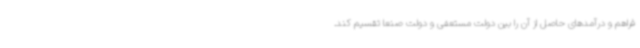
فراهم و درآمدهای حاصل از آن را بین دولت مستعفی و دولت صنعا تقسیم کند.